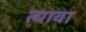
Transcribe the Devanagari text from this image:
त्यावा